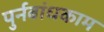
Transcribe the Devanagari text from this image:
पुर्नबांधकाम